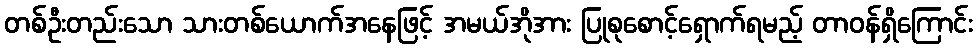
တစ်ဦးတည်းသော သားတစ်ယောက်အနေဖြင့် အမယ်အိုအား ပြုစုစောင့်ရှောက်ရမည့် တာဝန်ရှိကြောင်း